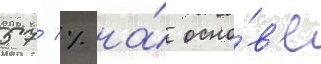
57 % на́ осно́в'е